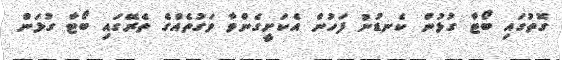
ގޮތުގައި ބޯޓާ ގުޅުން ކެނޑުނު ފަހުން އެކަށީގެންވާ ވަގުތެއްގެ ތެރޭގައި ބޯޓާ ގުޅަން